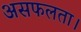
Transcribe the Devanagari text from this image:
असफलता।